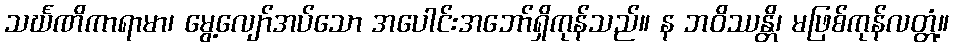
သင်္ဃဏိကာရာမာ၊ မွေ့လျော်အပ်သော အပေါင်းအဘော်ရှိကုန်သည်။ န ဘဝိဿန္တိ၊ မဖြစ်ကုန်လတ္တံ့။